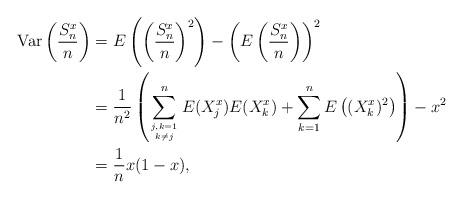
LaTeX: \begin{align*}\operatorname{Var}\left(\frac{S^x_n}{n}\right) & = E\left(\left(\frac{S^x_n}{n}\right)^2\right) - \left( E\left(\frac{S^x_n}{n}\right) \right)^2 \\& = \frac{1}{n^2} \left( \sum_{j, k = 1 \atop k \neq j}^n E(X^x_j) E(X^x_k) + \sum_{k=1}^n E\left((X^x_k)^2\right) \right) - x^2 \\& = \frac{1}{n} x (1-x),\end{align*}